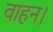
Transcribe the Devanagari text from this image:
वाहन।